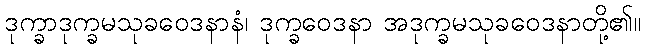
ဒုက္ခာဒုက္ခမသုခဝေဒနာနံ၊ ဒုက္ခဝေဒနာ အဒုက္ခမသုခဝေဒနာတို့၏။